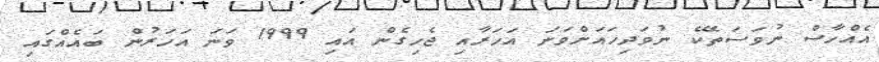
އެއްހާސް ނުވަސަތޭކެ ނުވަދިހައަށްވަނަ އަހަރާއި ޖެހިގެން އައި 1999 ވަނަ އަހަރުން ބައެއްގައި